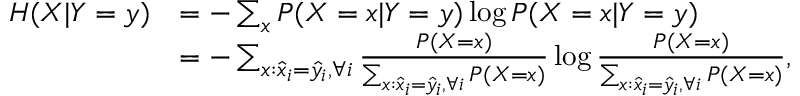
\begin{array} { r l } { H ( X | Y = y ) } & { = - \sum _ { x } P ( X = x | Y = y ) \log P ( X = x | Y = y ) } \\ & { = - \sum _ { x : \hat { x } _ { i } = \hat { y } _ { i } , \forall i } \frac { P ( X = x ) } { \sum _ { x : \hat { x } _ { i } = \hat { y } _ { i } , \forall i } P ( X = x ) } \log \frac { P ( X = x ) } { \sum _ { x : \hat { x } _ { i } = \hat { y } _ { i } , \forall i } P ( X = x ) } , } \end{array}